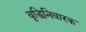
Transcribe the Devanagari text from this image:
वृद्धिनिवारक